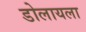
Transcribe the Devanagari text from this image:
डोलायला